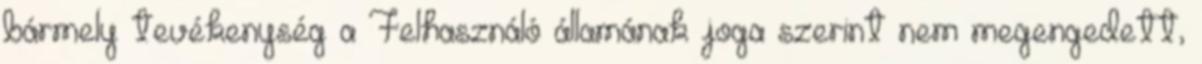
bármely tevékenység a Felhasználó államának joga szerint nem megengedett,